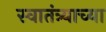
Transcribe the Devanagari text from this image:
स्‍वातंत्र्याच्‍या